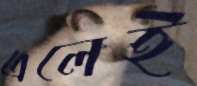
এলেই